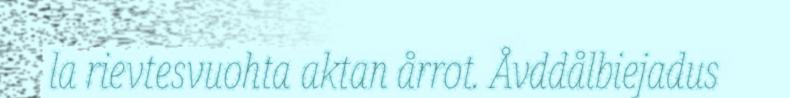
la rievtesvuohta aktan årrot. Åvddålbiejadus